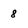
Character: 8